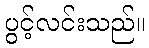
ပွင့်လင်းသည်။